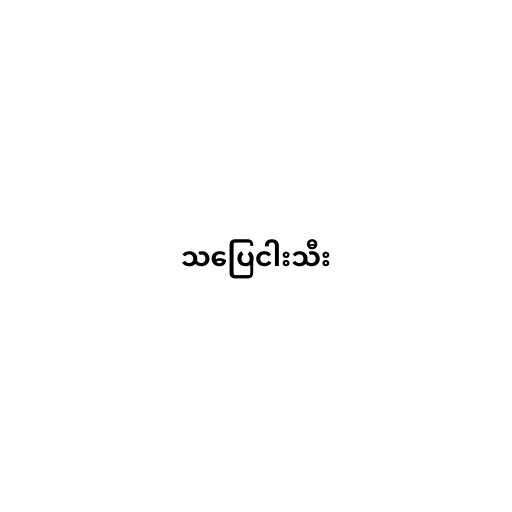
သပြေငါးသီး